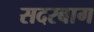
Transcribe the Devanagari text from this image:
सदरबाग